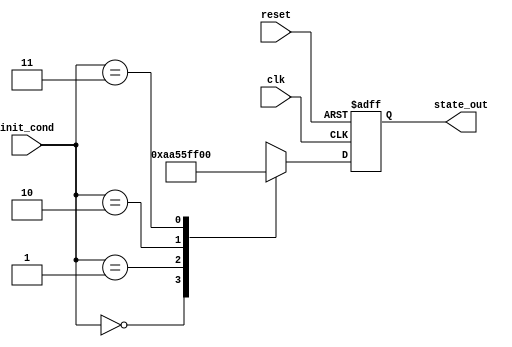
module ConditionalInitializer (
    input wire clk,             // Clock signal
    input wire reset,           // Reset signal
    input wire [1:0] init_cond, // Initialization conditions (2-bit control signal)
    output reg [7:0] state_out  // State output (8-bit output to hold state)
);

// Internal state register
reg [7:0] state;

// Initialization Logic
always @(*) begin
    // Default state initialization
    state = 8'h00; // You can define the default state
    case (init_cond)
        2'b00: state = 8'hAA; // Condition 1: set state to 0xAA
        2'b01: state = 8'h55; // Condition 2: set state to 0x55
        2'b10: state = 8'hFF; // Condition 3: set state to 0xFF
        2'b11: state = 8'h00; // Condition 4: reset to default (0x00)
        default: state = 8'h00; // Fallback to default
    endcase
end

// Sequential Logic to maintain state and reset
always @(posedge clk or posedge reset) begin
    if (reset) begin
        state_out <= 8'h00; // Reset output state
    end else begin
        state_out <= state; // Update output based on initialized state
    end
end

endmodule